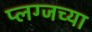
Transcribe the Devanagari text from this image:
प्लग्जच्या